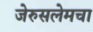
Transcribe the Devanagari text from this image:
जेरुसलेमचा